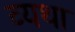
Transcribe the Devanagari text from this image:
व्‍यथा